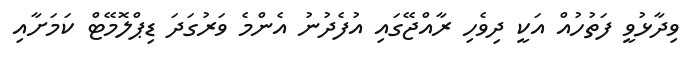
ވިދާޅުވީ ފަތުހުއް އަކީ ދިވެހި ރާއްޖޭގައި އުފެދުނު އެންމެ ވަރުގަދަ ޑިޕްލޮމޭޓް ކަމަށާއި